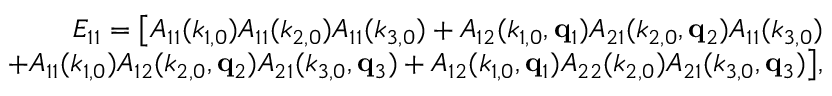
\begin{array} { r l r } & { } & { E _ { 1 1 } = \big [ A _ { 1 1 } ( k _ { 1 , 0 } ) A _ { 1 1 } ( k _ { 2 , 0 } ) A _ { 1 1 } ( k _ { 3 , 0 } ) + A _ { 1 2 } ( k _ { 1 , 0 } , { \bf q } _ { 1 } ) A _ { 2 1 } ( k _ { 2 , 0 } , { \bf q } _ { 2 } ) A _ { 1 1 } ( k _ { 3 , 0 } ) } \\ & { } & { + A _ { 1 1 } ( k _ { 1 , 0 } ) A _ { 1 2 } ( k _ { 2 , 0 } , { \bf q } _ { 2 } ) A _ { 2 1 } ( k _ { 3 , 0 } , { \bf q } _ { 3 } ) + A _ { 1 2 } ( k _ { 1 , 0 } , { \bf q } _ { 1 } ) A _ { 2 2 } ( k _ { 2 , 0 } ) A _ { 2 1 } ( k _ { 3 , 0 } , { \bf q } _ { 3 } ) \big ] , } \end{array}